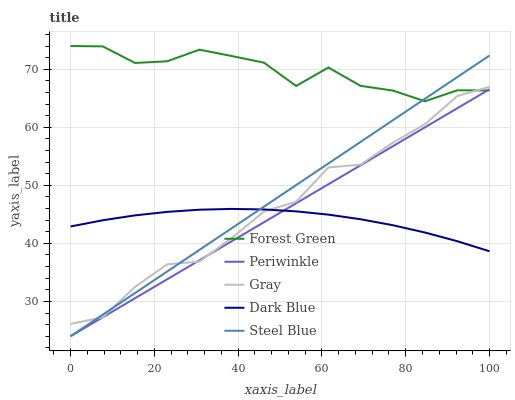
| xaxis_label | Forest Green | Periwinkle | Gray | Dark Blue | Steel Blue |
 | --- | --- | --- | --- | --- | --- |
 | 0 | 74 | 24 | 26.1 | 42.9 | 24 |
 | 7.69 | 73.9 | 27.3 | 27.3 | 44 | 27.7 |
 | 15.4 | 71.1 | 30.5 | 32.5 | 44.8 | 31.4 |
 | 23.1 | 71.4 | 33.8 | 36.4 | 45.4 | 35.2 |
 | 30.8 | 73.4 | 37.1 | 36.9 | 45.8 | 38.9 |
 | 38.5 | 72.3 | 40.4 | 40.9 | 45.9 | 42.6 |
 | 46.2 | 71.1 | 43.6 | 45.5 | 45.8 | 46.3 |
 | 53.8 | 67.1 | 46.9 | 47.2 | 45.5 | 50 |
 | 61.5 | 70.3 | 50.2 | 53.1 | 45 | 53.8 |
 | 69.2 | 67.1 | 53.5 | 53.6 | 44.2 | 57.5 |
 | 76.9 | 66.3 | 56.7 | 57.3 | 43.1 | 61.2 |
 | 84.6 | 64.5 | 60 | 60.5 | 41.9 | 64.9 |
 | 92.3 | 66.4 | 63.3 | 65.4 | 40.4 | 68.6 |
 | 100 | 66.3 | 66.6 | 67 | 38.6 | 72.4 |